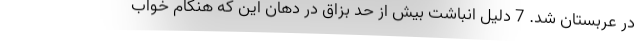
در عربستان شد. 7 دلیل انباشت بیش از حد بزاق در دهان این که هنگام خواب